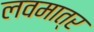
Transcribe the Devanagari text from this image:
लवमात्र